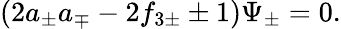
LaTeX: (2a_{\pm}a_{\mp}-2f_{3\pm}\pm 1)\Psi_{\pm}=0.